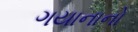
ગયાનાનો